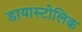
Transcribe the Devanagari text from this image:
डायास्टोलिक